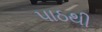
પાઠથી